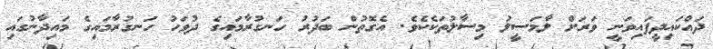
ދައްކައިދީފައިވަނީ ވަރަށް ލާމަސީލު މިސާލުތަކެކެވެ. އެގޮތުން ބަދުރު ހަނގުރާމައިގެ ދުވަހު ހަނގުރާމައިގެ މައިދާނުގައި